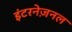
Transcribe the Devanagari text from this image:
इंटरनेज़नल